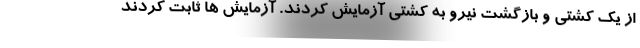
از یک کشتی و بازگشت نیرو به کشتی آزمایش کردند. آزمایش ها ثابت کردند